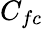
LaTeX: C_{fc}